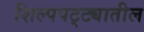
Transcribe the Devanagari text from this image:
शिल्पपट्ट्यातील